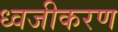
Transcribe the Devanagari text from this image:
ध्वजीकरण